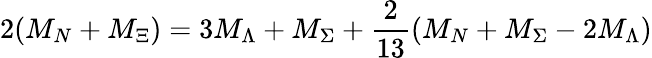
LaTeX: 2(M_{N}+M_{\Xi})=3M_{\Lambda}+M_{\Sigma}+\frac{2}{13}(M_{N}+M_{\Sigma}-2M_{\Lambda})